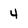
Character: 4